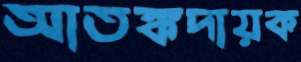
আতঙ্কদায়ক